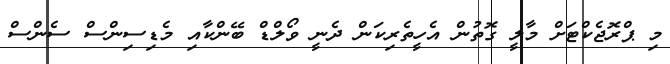
މި ޕްރޮޖެކްޓަށް މާލީ ގޮތުން އެހީތެރިކަން ދެނީ ވޯލްޑް ބޭންކާއި މެޑިސިންސް ސެންސް